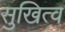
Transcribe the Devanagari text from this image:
सुखित्व